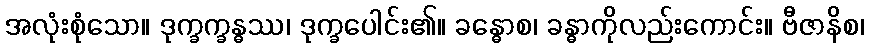
အလုံးစုံသော။ ဒုက္ခက္ခန္ဓဿ၊ ဒုက္ခပေါင်း၏။ ခန္ဓောစ၊ ခန္ဓာကိုလည်းကောင်း။ ဗီဇာနိစ၊